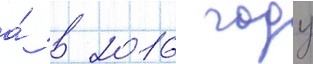
а́ в 2016 году